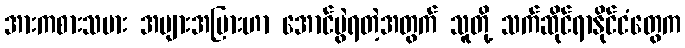
အားကစားသမား အများအပြားဟာ အောင်ပွဲရတဲ့အတွက် သူတို့ သက်ဆိုင်ရာနိုင်ငံတွေက